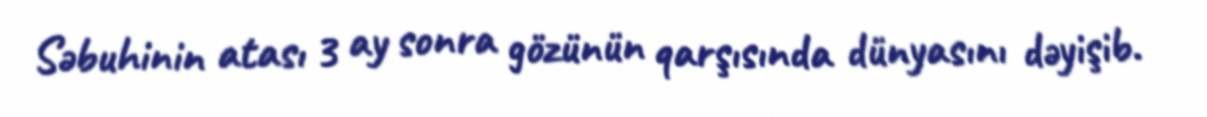
Səbuhinin atası 3 ay sonra gözünün qarşısında dünyasını dəyişib.